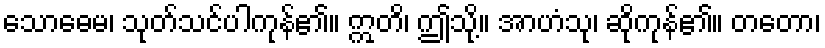
သောဓေမ၊ သုတ်သင်ပါကုန်၏။ ဣတိ၊ ဤသို့။ အာဟံသု၊ ဆိုကုန်၏။ တတော၊